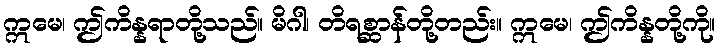
ဣမေ၊ ဤကိန္နရာတို့သည်။ မိဂါ၊ တိရစ္ဆာန်တို့တည်း။ ဣမေ၊ ဤကိန္နတို့ကို။